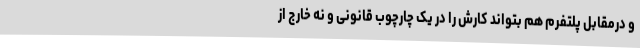
و درمقابل پلتفرم هم بتواند کارش را در یک چارچوب قانونی و نه خارج از